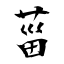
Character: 菑